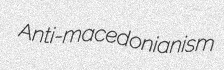
Anti-macedonianism